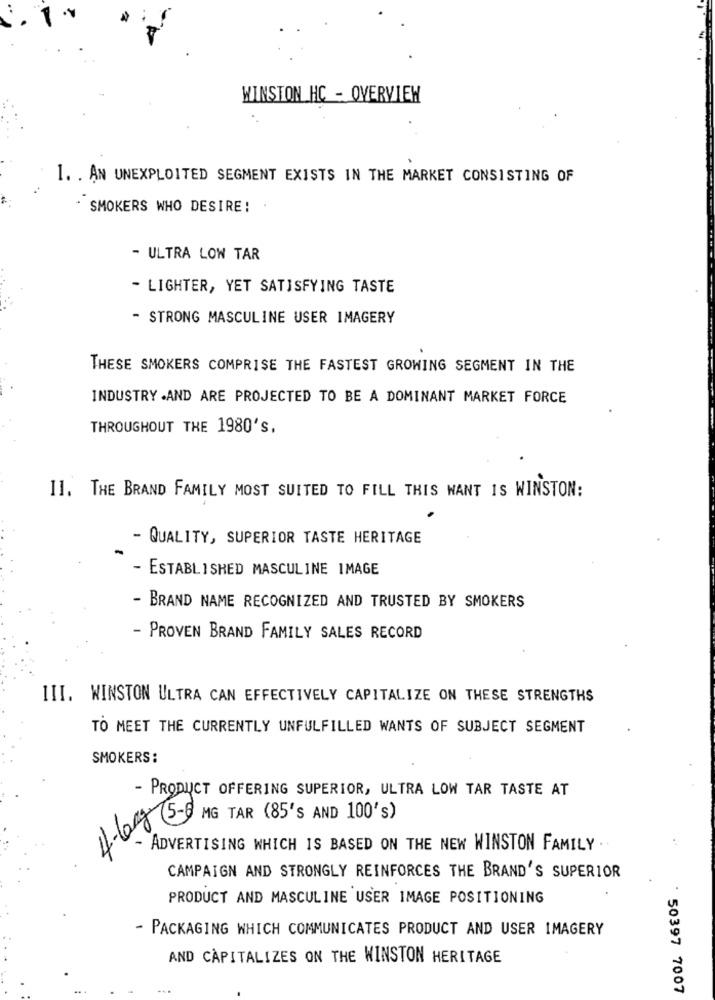
WINSTON HC - OVERVIEW
1. . AN UNEXPLOITED SEGMENT EXISTS IN THE MARKET CONSISTING OF
SMOKERS WHO DESIRE! .
- ULTRA LOW TAR
- LIGHTER, YET SATISFYING TASTE
- STRONG MASCULINE USER IMAGERY
THESE SMOKERS COMPRISE THE FASTEST GROWING SEGMENT IN THE
INDUSTRY .AND ARE PROJECTED TO BE A DOMINANT MARKET FORCE
THROUGHOUT THE 1980's,
11. THE BRAND FAMILY MOST SUITED TO FILL THIS WANT IS WINSTON:
- QUALITY, SUPERIOR TASTE HERITAGE
- ESTABLISHED MASCULINE IMAGE
- BRAND NAME RECOGNIZED AND TRUSTED BY SMOKERS
- PROVEN BRAND FAMILY SALES RECORD
III. WINSTON ULTRA CAN EFFECTIVELY CAPITALIZE ON THESE STRENGTHS
TO MEET THE CURRENTLY UNFULFILLED WANTS OF SUBJECT SEGMENT
SMOKERS :
- PRODUCT OFFERING SUPERIOR, ULTRA LOW TAR TASTE AT
1.6 9 MG TAR (85's AND 100's)
ADVERTISING WHICH IS BASED ON THE NEW WINSTON FAMILY
CAMPAIGN AND STRONGLY REINFORCES THE BRAND'S SUPERIOR
PRODUCT AND MASCULINE USER IMAGE POSITIONING
- PACKAGING WHICH COMMUNICATES PRODUCT AND USER IMAGERY
AND CAPITALIZES ON THE WINSTON HERITAGE
* 50397 7007